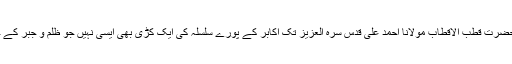
حضرت عبد اللہ بن زبیرؓ سے لے کر حضرت قطب الاقطاب مولانا احمد علی قدس سرہ العزیز تک اکابر کے پورے سلسلہ کی ایک کڑی بھی ایسی نہیں جو ظلم و جبر کے خلاف جدوجہد کے اثرات سے خالی ہو۔